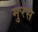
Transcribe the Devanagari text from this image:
मुरस